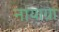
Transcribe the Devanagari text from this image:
नायाग्रा